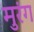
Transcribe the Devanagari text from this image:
मुरंग